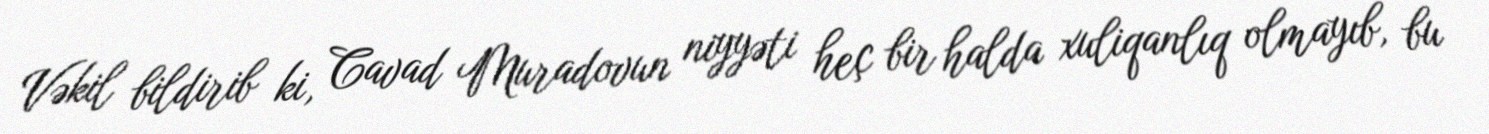
Vəkil bildirib ki, Cavad Muradovun niyyəti heç bir halda xuliqanlıq olmayıb, bu